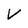
Character: V